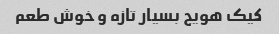
کیک هویج بسیار تازه و خوش طعم